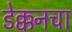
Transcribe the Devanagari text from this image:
डेक्कनचा